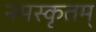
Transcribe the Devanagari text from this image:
नमस्कृतम्